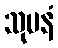
သုမနံ